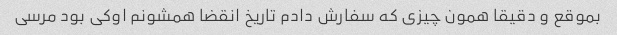
بموقع و دقیقا همون چیزی که سفارش دادم تاریخ انقضا همشونم اوکی بود مرسی